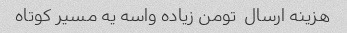
هزینه ارسال  تومن زیاده واسه یه مسیر کوتاه